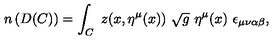
n \left( D ( C ) \right) = \int _ { C } \ z ( x , \eta ^ { \mu } ( x ) ) \ \sqrt { g } \ \eta ^ { \mu } ( x ) \ \epsilon _ { \mu \nu \alpha \beta } , \ \,